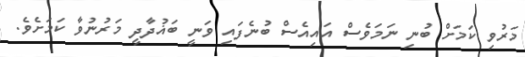
މަރުވި ކަމަށް ބުނި ނަމަވެސް އައިއެސް ބުނެފައި ވަނީ ބަޣުދާދީ މަރުނުވާ ކަމަށެވެ.